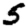
Digit: 5